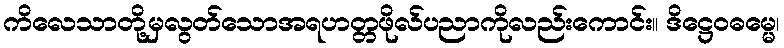
ကိလေသာတို့မှလွတ်သောအရဟတ္တဖိုလ်ပညာကိုလည်းကောင်း။ ဒိဋ္ဌေဝဓမ္မေ၊